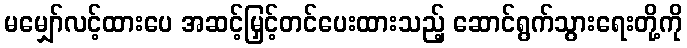
မမျှော်လင့်ထားပေ အဆင့်မြှင့်တင်ပေးထားသည့် ဆောင်ရွက်သွားရေးတို့ကို